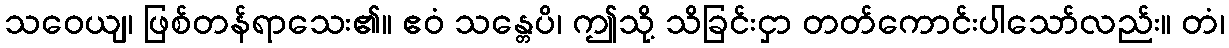
သဝေယျ၊ ဖြစ်တန်ရာသေး၏။ ဧဝံ သန္တေပိ၊ ဤသို့ သိခြင်းငှာ တတ်ကောင်းပါသော်လည်း။ တံ၊